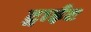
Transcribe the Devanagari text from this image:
ट्वाईट